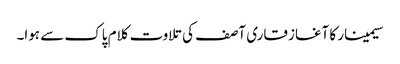
سیمینار کا آغاز قاری آصف کی تلاوت کلام پاک سے ہوا۔